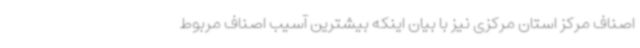
اصناف مرکز استان مرکزی نیز با بیان اینکه بیشترین آسیب اصناف مربوط